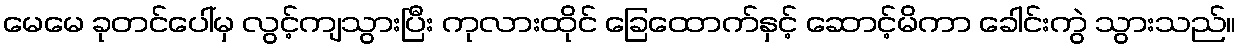
မေမေ ခုတင်ပေါ်မှ လွင့်ကျသွားပြီး ကုလားထိုင် ခြေထောက်နှင့် ဆောင့်မိကာ ခေါင်းကွဲ သွားသည်။